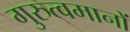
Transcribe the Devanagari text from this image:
गुरुत्वमानों